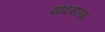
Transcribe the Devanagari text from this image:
यादवराजा